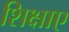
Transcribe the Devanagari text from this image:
शिक्षाए